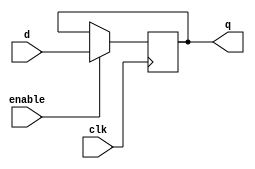
module ff(q, d, clk, enable);
/****************************
An Edge-Triggerred Flip-flop 
Written by H. Roumani, 2008.
****************************/
output q;
input d, clk, enable;
reg q;

always @ (posedge clk)
  if (enable) q <= d; 

endmodule



module register(q, d, clk, enable);
/****************************
An Edge-Triggerred Register.
Written by H. Roumani, 2008.
****************************/

parameter SIZE = 2;
output [SIZE-1:0] q;
input [SIZE-1:0] d;
input clk, enable;

ff myFF[SIZE-1:0](q, d, clk, enable);

endmodule



module labM ;
   reg   [31:0] d;
   reg          clk, enable, flag;
   wire [31:0]  z;

   register #(32) mine(z, d, clk, enable);

   initial
     begin
        flag = $value$plusargs("enable=%b", enable);

        d = 15;
        clk = 0;
        #1;
        $display("clk=%b d=%d, z=%d", clk, d, z);

        d = 20;
        clk = 1;
        #1;
        $display("clk=%b d=%d, z=%d", clk, d, z);

        d = 25;
        clk = 0;
        #1;
        $display("clk=%b d=%d, z=%d", clk, d, z);

        d = 30;
        clk = 1;
        #1;
        $display("clk=%b d=%d, z=%d", clk, d, z);

        $finish;
     end
endmodule // labM